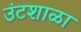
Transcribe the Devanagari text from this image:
उंटशाळा